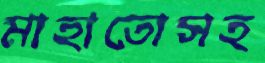
মাহাতোসহ